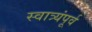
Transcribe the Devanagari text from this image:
स्वात्र्यंपूर्व